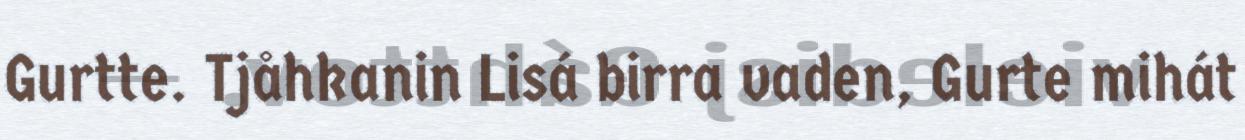
Gurtte. Tjåhkanin Lisá birra vaden, Gurte mihát